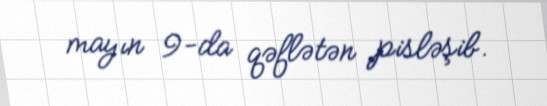
mayın 9-da qəflətən pisləşib.